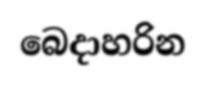
බෙදාහරින